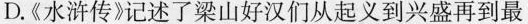
D.《水浒传》记述了梁山好汉们从起义到兴盛再到最